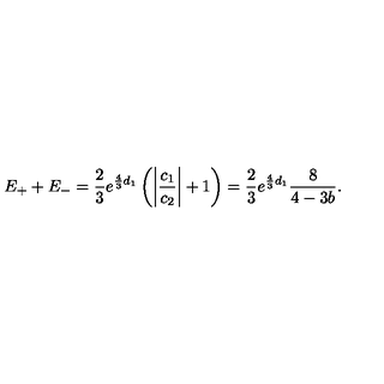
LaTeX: E _ { + } + E _ { - } = \frac { 2 } { 3 } e ^ { \frac { 4 } { 3 } d _ { 1 } } \left( \left| \frac { c _ { 1 } } { c _ { 2 } } \right| + 1 \right) = \frac { 2 } { 3 } e ^ { \frac { 4 } { 3 } d _ { 1 } } \frac { 8 } { 4 - 3 b } .